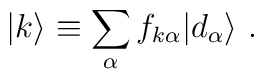
|k\rangle\equiv \sum_\alpha f_{k\alpha}|d_\alpha\rangle~.